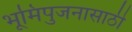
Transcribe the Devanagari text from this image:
भूमिपुजनासाठी